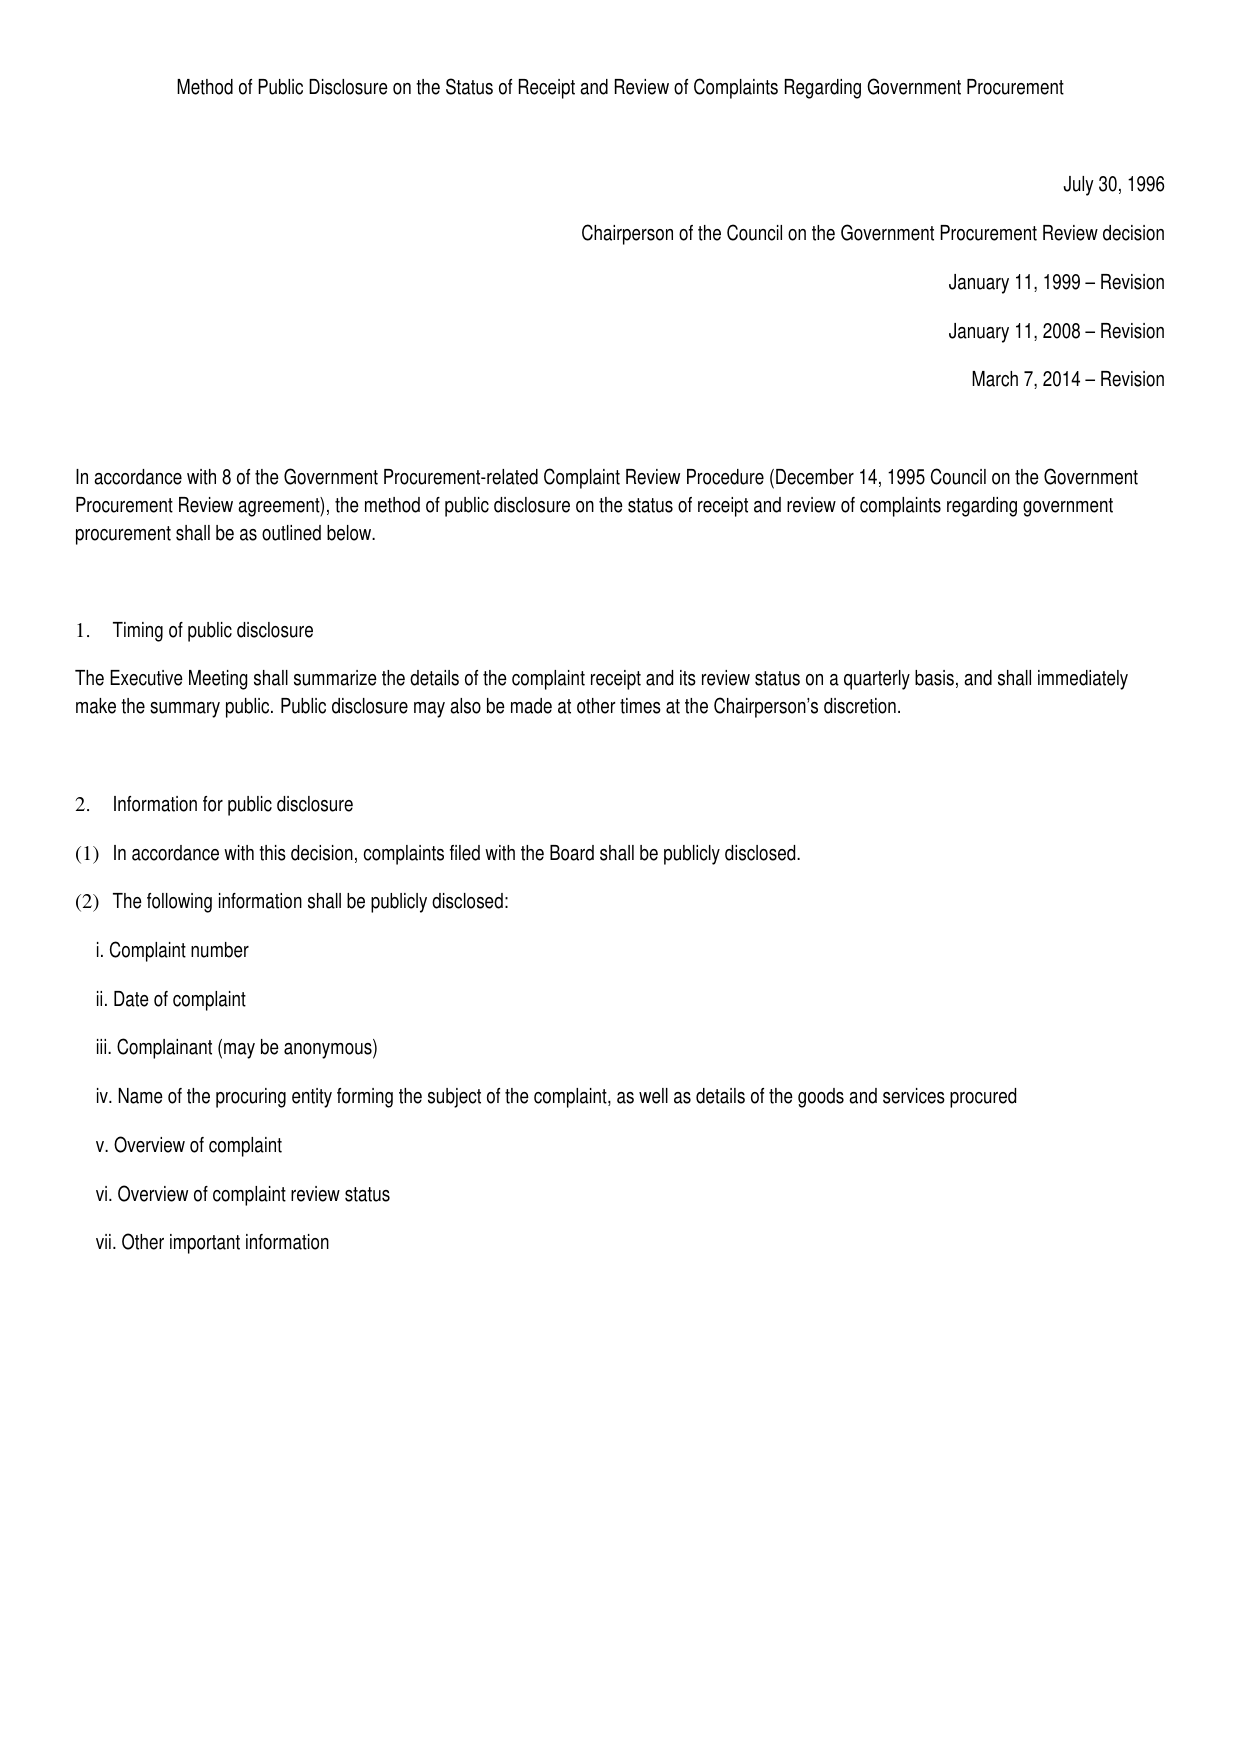
Method of Public Disclosure on the Status of Receipt and Review of Complaints Regarding Government Procurement

July 30, 1996
Chairperson of the Council on the Government Procurement Review decision
January 11, 1999 – Revision
January 11, 2008 – Revision
March 7, 2014 – Revision

In accordance with 8 of the Government Procurement-related Complaint Review Procedure (December 14, 1995 Council on the Government Procurement Review agreement), the method of public disclosure on the status of receipt and review of complaints regarding government procurement shall be as outlined below.

1. Timing of public disclosure
The Executive Meeting shall summarize the details of the complaint receipt and its review status on a quarterly basis, and shall immediately make the summary public. Public disclosure may also be made at other times at the Chairperson's discretion.

2. Information for public disclosure
(1) In accordance with this decision, complaints filed with the Board shall be publicly disclosed.
(2) The following information shall be publicly disclosed:
i. Complaint number
ii. Date of complaint
iii. Complainant (may be anonymous)
iv. Name of the procuring entity forming the subject of the complaint, as well as details of the goods and services procured
v. Overview of complaint
vi. Overview of complaint review status
vii. Other important information